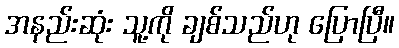
အနည်းဆုံး သူ့ကို ချစ်သည်ဟု ပြောပြီ။